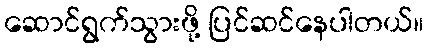
ဆောင်ရွက်သွားဖို့ ပြင်ဆင်နေပါတယ်။